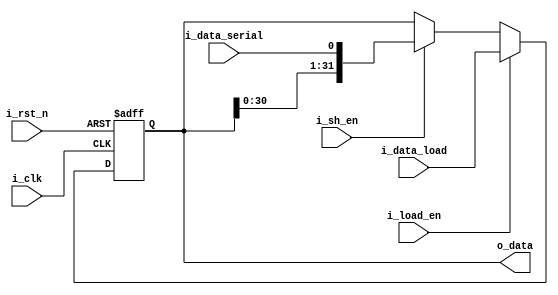
module shift_reg (i_clk, i_rst_n, i_load_en, i_sh_en, i_data_load, i_data_serial, o_data);

parameter WIDTH = 32;

input i_clk, i_rst_n, i_load_en, i_sh_en, i_data_serial;
input [WIDTH-1:0] i_data_load;

output reg [WIDTH-1:0] o_data;

always @(posedge i_clk or negedge i_rst_n) begin : proc_
	if(~i_rst_n) 
	begin
		o_data <= 0;
	end 
	else if (i_load_en)
	begin
		o_data <= i_data_load;
	end 
	else if (i_sh_en)
	begin
		o_data <= {o_data[WIDTH-2:0], i_data_serial};
	end
end

endmodule